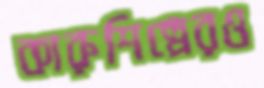
কারুশিল্পেরও